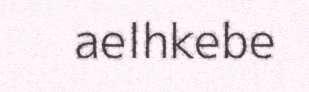
aelhkebe